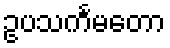
ဥပသင်္ကမတော